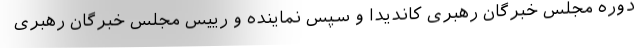
دوره مجلس خبرگان رهبری کاندیدا و سپس نماینده و رییس مجلس خبرگان رهبری